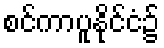
စင်ကာပူနိုင်ငံ၌